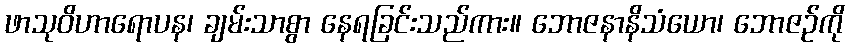
ဖာသုဝိဟာရောပန၊ ချမ်းသာစွာ နေရခြင်းသည်ကား။ ဘောဇနာနိသံယော၊ ဘောဇဉ်ကို